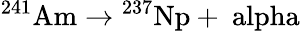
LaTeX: {}^{241}\mathrm{{Am}\rightarrow{}^{237}\mathrm{{Np}+\ alpha}}